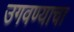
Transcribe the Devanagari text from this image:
उगवण्याचा